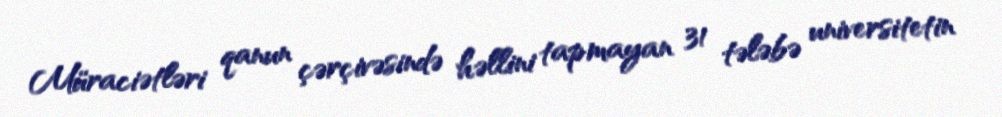
Müraciətləri qanun çərçivəsində həllini tapmayan 31 tələbə universitetin